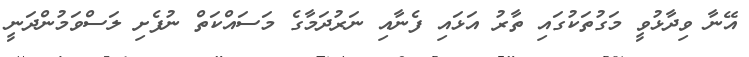
އޭނާ ވިދާޅުވީ މަގުތަކުގައި ތާރު އަޅައި ފެނާއި ނަރުދަމާގެ މަސައްކަތް ނުފެށި ލަސްވަމުންދަނީ